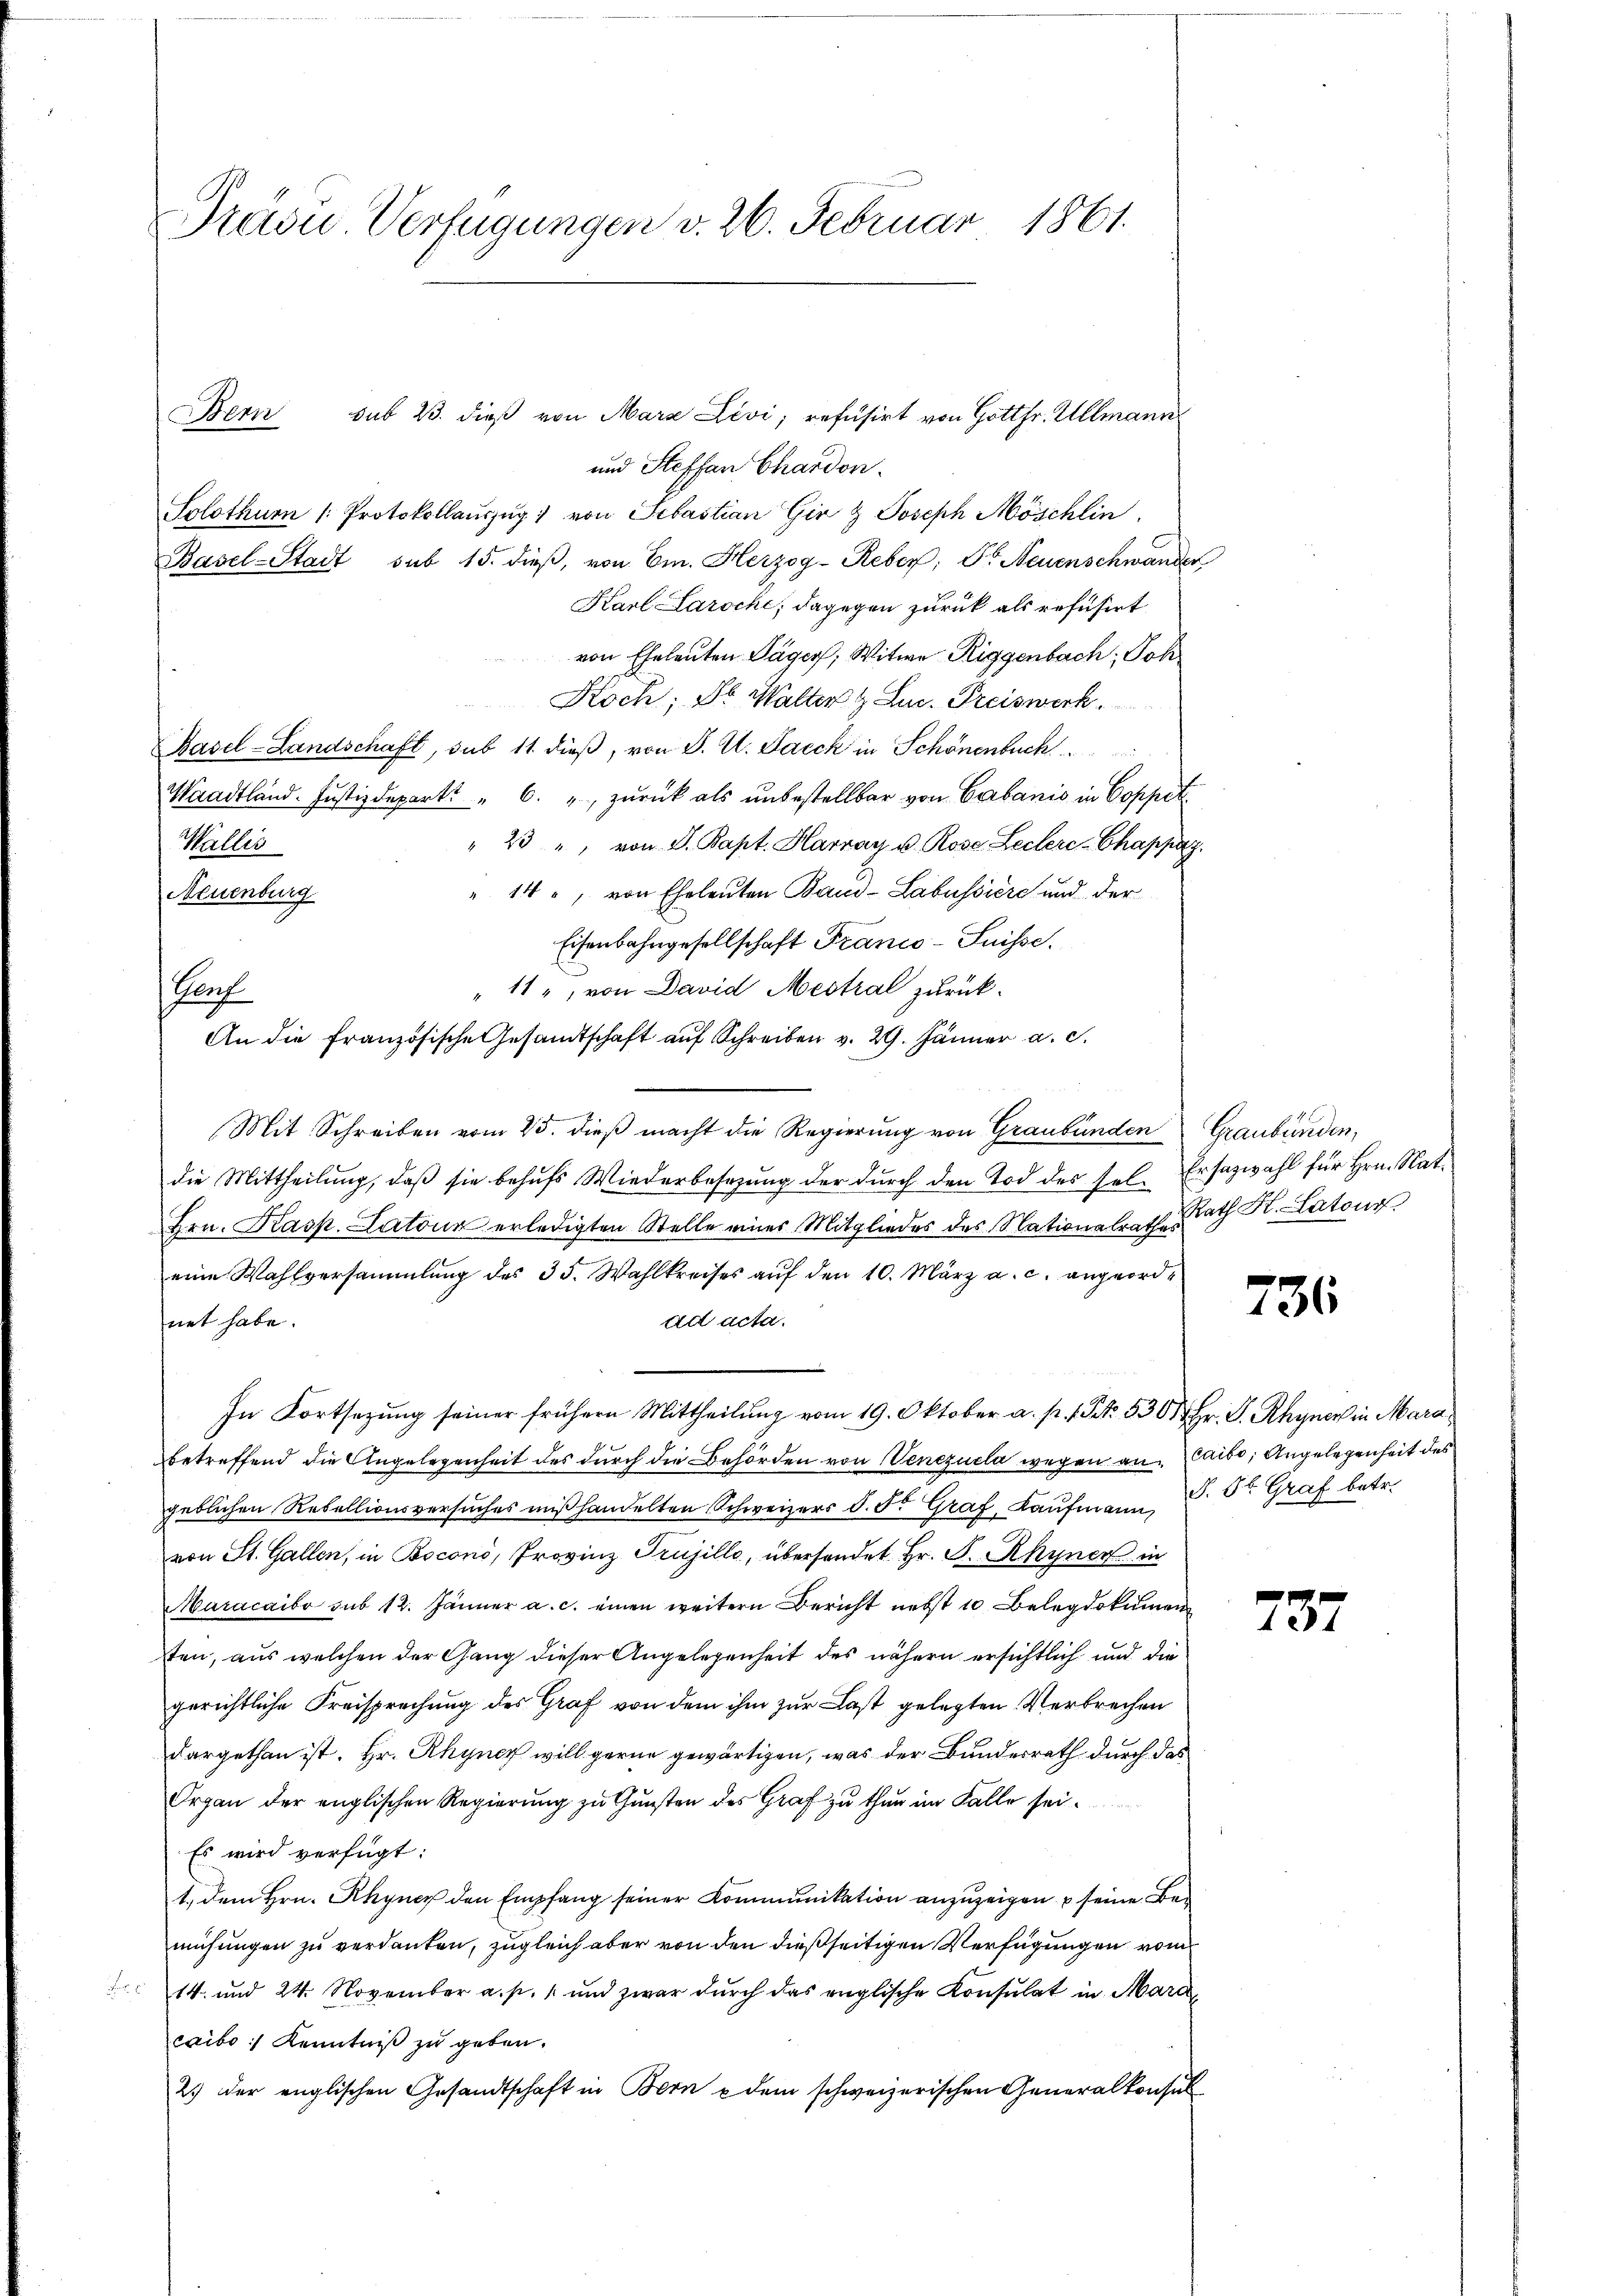
Präsid. Verfügungen v. 26. Februar 1861.

Bern sub 23. dieß von Mara Levi; refusirt von Gottfr. Allmann
und Steffan Chardon
Solothurn (Protokollaŭszŭg von Sebastian Gir & Joseph Möschlin
Basel-Stadt sub 15. dieß, von Em. Herzog-Reber, Dr. Neuenschwander
Karl Larsche; dagegen zurück als refusirt
von Eheleuten Jäger; Witwe Riggenbach, Joh
Koch; Dr. Walter & Lur. Preiswerk
Basel-Landschaft, sub 11. dieß, von J. U. Saeck in Schönenbuch
Waadtländ. Justizdepart " 6. " zurück als unbestellbar von Cabanis in Coppel¬
Wallis
" 23 ", von S. Bapt. Harray u. Rose Leclerc-Chappag.
14., von Eheleuten Band- Labussiere und der
Neuenburg
Eisenbahngesellschaft Franco-Suisse.
"11, von David Mestral zurück¬
An die französische Gesandtschaft auf Schreiben v. 29. Jänner a. c.
Mit Schreiben vom 25. dieß macht die Regierung von Graubünden Graubünden,
die Mittheilung, daß sie behufs Wiederbesezung der durch den Tod des sel. Ersazwahl für Hrn. Nat.
Hrn. Kasp. Latone erledigten Stelle einer Mitgliedes des Nationalrathes
eine Wahlversammlung des 33. Wahlkreises aŭf den 10. März a. c. angeordad acta.
net habe.
In Fortsezung seiner frühern Mittheilung vom 19. Oktober a. p. 1. No. 530. Hr. P. Rhyner in Mara
betreffend die Angelegenheit des durch die Behörden von Venezuela wegen an Laiba, Angelegenheit des
geblichen Rebellionsversuches mißhandelten Schweizers d. Fr. Graf, Kaufmann C. St. Graf betr.
von St. Gallen, in Boconi, Provinz Trujillo, überhandet Hr. P. Rhyner in
Maracaibo sub 12. Jänner a. c. einen weitern Bericht nebst 10 Belegdokumen
ten, aus welchen der Gang dieser Angelegenheit des nähern ersichtlich und die
gerichtliche Freisprechung des Graf von dem ihm zur Last gelegten Verbrechen
dargethan ist. Hr. Rhyner will gerne gewärtigen, was der Bundesrath durch das
Organ der englischen Regierung zu Gunsten des Graf zu thun im Falle sei.
Es wird verfügt:
1. dem Hrn. Rhyner den Empfang seiner Kommunikation anzuzeigen u seine Bemühungen zu verdanken, zugleich aber von den dießseitigen Verfügungen vom
14. und 24. November a. p. 1 und zwar durch das englische Konsulat in Marc
caibo Kenntniß zu geben.
2.) Der englischen Gesandtschaft in Bern & dem schweizerischen Generalkonsul

Pach

Rath Kt. Latour

736

737